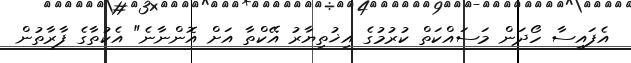
އެފައިސާ ހޯދަން މަސައްކަތް ކުރުމުގެ އިޚުތިޔާރު އޭކްތާ އަށް އޮންނާނެ" އެކުތާގެ ފާރާތުން